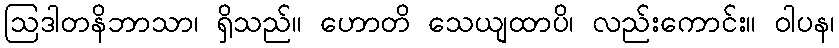
ဩဒါတနိဘာသာ၊ ရှိသည်။ ဟောတိ သေယျထာပိ၊ လည်းကောင်း။ ဝါပန၊